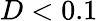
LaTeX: D<0.1